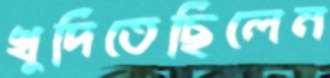
খুদিতেছিলেন